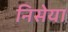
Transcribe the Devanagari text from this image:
निसेया